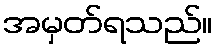
အမှတ်ရသည်။